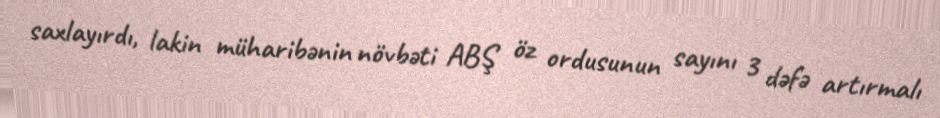
saxlayırdı, lakin müharibənin növbəti ABŞ öz ordusunun sayını 3 dəfə artırmalı